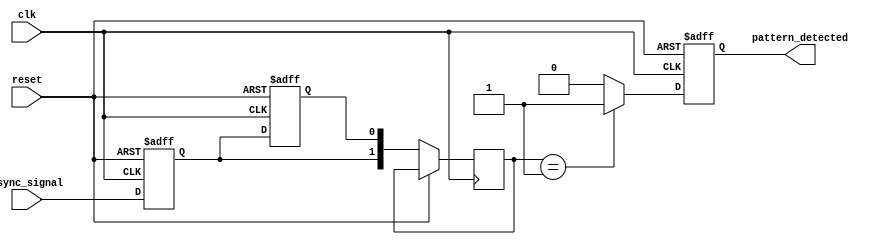
module dual_ff_detector #(
    parameter PATTERN = 2'b01, // Pattern to detect (you can change this)
    parameter MEMORY_SIZE = 4  // Size of memory block (number of registers)
)(
    input wire clk,             // Clock signal
    input wire async_signal,    // Asynchronous input signal
    input wire reset,           // Asynchronous reset signal
    output reg pattern_detected  // Output signal indicating pattern detected
);

    // Dual flip-flops for synchronization
    reg ff1, ff2;

    // Memory block to temporarily store detected patterns
    reg [1:0] memory [0:MEMORY_SIZE-1];
    reg [1:0] current_data; // Data to be stored in the memory
    integer mem_index;

    // Synchronous process for detecting pattern
    always @(posedge clk or posedge reset) begin
        if (reset) begin
            ff1 <= 1'b0;
            ff2 <= 1'b0;
            pattern_detected <= 1'b0;
            mem_index <= 0;
        end else begin
            // Sample the asynchronous signal into dual flip-flops
            ff1 <= async_signal;
            ff2 <= ff1; // ff2 samples ff1 on the next clock edge

            // Store the current data into the memory block
            current_data <= {ff1, ff2};
            memory[mem_index] <= current_data; // Store the current data in memory

            // Increment memory index and wrap around
            mem_index <= (mem_index + 1) % MEMORY_SIZE;

            // Check for pattern detection in the memory
            if (current_data == PATTERN) begin
                pattern_detected <= 1'b1; // Pattern detected
            end else begin
                pattern_detected <= 1'b0; // Reset detected flag
            end
        end
    end
endmodule